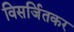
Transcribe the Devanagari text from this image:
विसर्जितकर